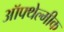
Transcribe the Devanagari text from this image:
ऑफ्थेल्मीक